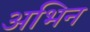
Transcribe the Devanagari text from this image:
अभिन